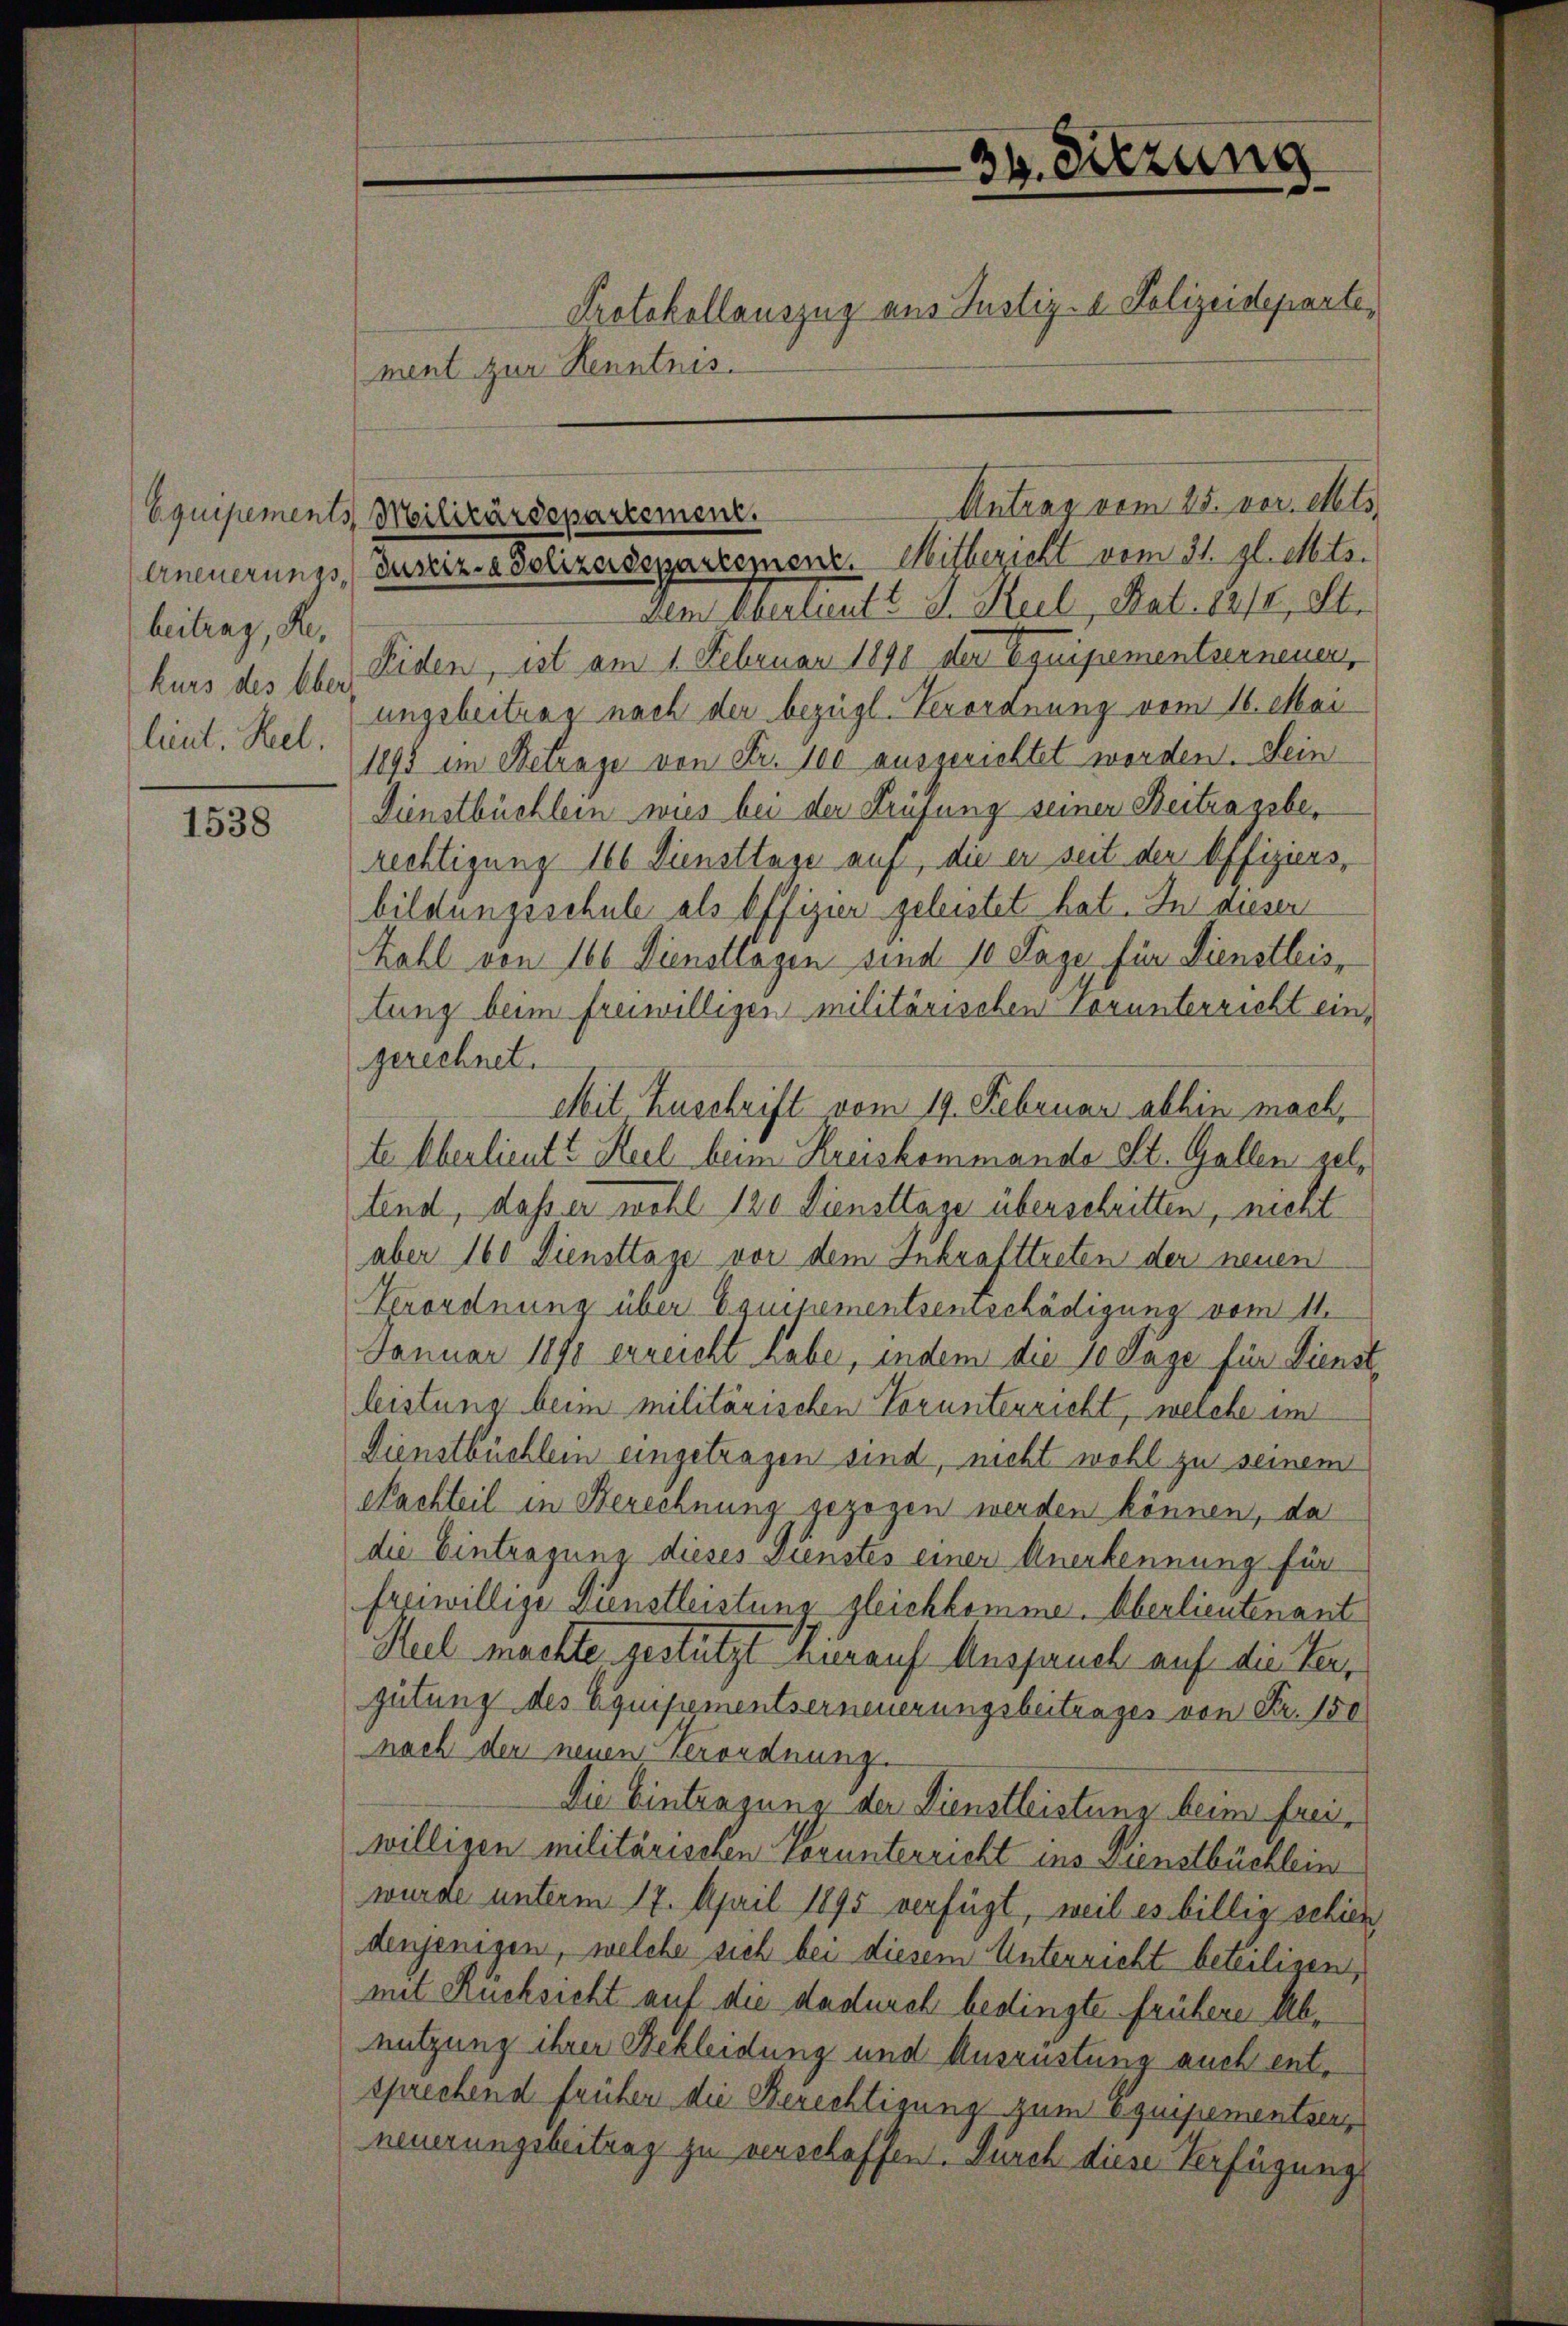
beitrag, Re
kurs des Ober
lint. Rel.

1538

34. Sitzung
Protokollauszug aus Justiz- & Polizeideparte,
ment zur Kenntnis.

Antrag vom 25. ver. Mts.
Equipements Militärdepartement.
Erneuerungs Justiz- & Polizeidepartement. Mitbericht vom 31. gl. Mts.

Dem Oberlieutt J. Keel Nat. 1212, Str
Eiden, ist am 1. Februar 1890 der Equipementserneuer,
ungsbeitrag nach der bezügl. Verordnung vom 16. Mai
1893 im Betrage von Fr. 100 ausgerichtet worden. Sein
Dienstbüchlein wies bei der Prüfung seiner Beitragebe,
rechtigung 166 Diensttage auf, die er seit der Offiziers,
bildungsschule als Offizier geleistet hat. In dieser
Zahl von 166 Dienstlagen sind 10 Tage für Dienstleistung beim freiwilligen militärischen Vorunterricht eingerechnet.
Mit Zuschrift vom 19. Februar abhin mach,
te Überlieutt Keil beim Kreiskommande St. Gallen geltend, daß er wohl 120 Diensttage überschritten, nicht
aber 160 Diensttage vor dem Inkrafttreten der neuen
Verordnung über Equipementsentschädigung vom 11.
Januar 1890 erreicht habe, indem die 70 Tage für Dienst
leistung beim militärischen Vorunterricht, welche im
Dienstbüchlein eingetragen sind, nicht wohl zu seinem
Nachteil in Berechnung gezogen werden können, da
die Eintragung dieses Dunstes einer Anerkennung für
freiwillige Dienstleistung gleichkomme. Überlieutenant
Hul machte gestützt hierauf Anspruch auf die Vergütung des Equipementserneuerungsbeitrages von Fr. 150
nach den neuen Verordnung.
Die Eintragung der Dienstleistung beim freiwilligen militärischen Vorunterricht ins Dienstbüchlein
wurde unterm 17. April 1895 verfügt, weil es billig schien
denjenigen, welche sich bei diesem Unterricht beteiligen,
mit Rücksicht auf die dadurch bedingte frühere Abnutzung ihrer Bekleidung und Ausrüstung auch entsprechend früher die Berechtigung zum Equipementsers
neuerungsbeitrag zu verschaffen. Durch diese Verfügungs